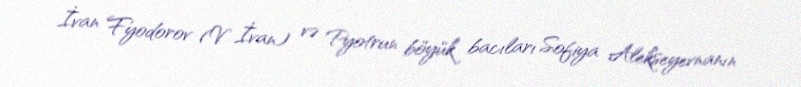
İvan Fyodorov (V İvan) və Pyotrun böyük bacıları Sofiya Alekseyevnanın